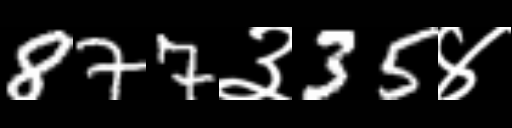
Text: 877३35४